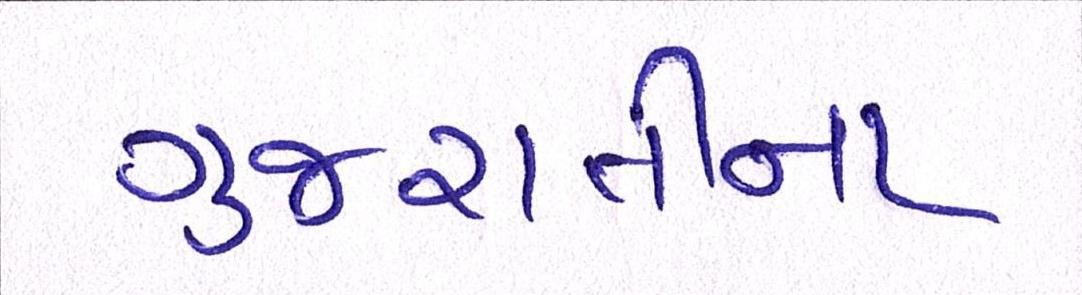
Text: ગુજરાતીના